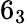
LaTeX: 6_{3}